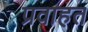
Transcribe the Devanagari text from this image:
प्रवाहत